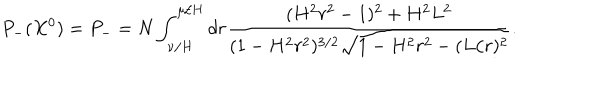
P _ { - } ( X ^ { 0 } ) = P _ { - } = N \int _ { \nu / H } ^ { \mu / H } d r \frac { ( H ^ { 2 } r ^ { 2 } - 1 ) ^ { 2 } + H ^ { 2 } L ^ { 2 } } { ( 1 - H ^ { 2 } r ^ { 2 } ) ^ { 3 / 2 } \sqrt { 1 - H ^ { 2 } r ^ { 2 } - ( L / r ) ^ { 2 } } } .